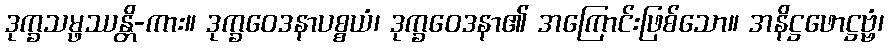
ဒုက္ခသမ္ဖဿန္တိ-ကား။ ဒုက္ခဝေဒနာပစ္စယံ၊ ဒုက္ခဝေဒနာ၏ အကြောင်းဖြစ်သော။ အနိဋ္ဌဖောဋ္ဌဗ္ဗံ၊